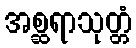
အစ္ဆရာသုတ္တံ